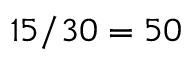
1 5 / 3 0 = 5 0 \